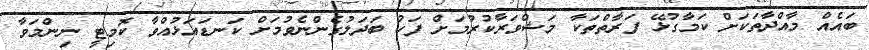
ބައެއް މާއްދާތަކަށް ކަމާގުޅޭ ފަރާތްތަކާ މަޝްވަރާކުރުމަށް ފަހު ބަދަލުގެންނެވުމަށް ކަނޑައަޅުއްވާ ކޮމިޓީ ނިންމަވާ